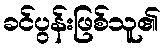
ခင်ပွန်းဖြစ်သူ၏